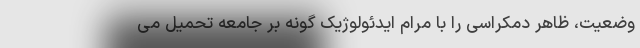
وضعیت، ظاهر دمکراسی را با مرام ایدئولوژیک گونه بر جامعه تحمیل می